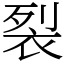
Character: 裂